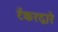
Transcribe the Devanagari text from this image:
टँकरद्वारे